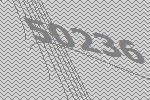
50236